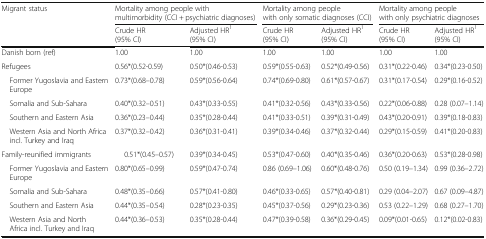
<table><thead><tr><td rowspan="2"><b>Migrant status</b></td><td colspan="2"><b>Mortality among people with multimorbidity (CCI + psychiatric diagnoses)</b></td><td colspan="2"><b>Mortality among people with only somatic diagnoses (CCI)</b></td><td colspan="2"><b>Mortality among people with only psychiatric diagnoses</b></td></tr><tr><td><b>Crude HR(95% CI)</b></td><td><b>Adjusted HR<sup>1</sup>(95% CI)</b></td><td><b>Crude HR(95% CI)</b></td><td><b>Adjusted HR<sup>1</sup>(95% CI)</b></td><td><b>Crude HR(95% CI)</b></td><td><b>Adjusted HR<sup>1</sup>(95% CI)</b></td></tr></thead><tbody><tr><td>Danish born (ref)</td><td>1.00</td><td>1.00</td><td>1.00</td><td>1.00</td><td>1.00</td><td>1.00</td></tr><tr><td>Refugees</td><td>0.56*(0.52-0.59)</td><td>0.50*(0.46-0.53)</td><td>0.59*(0.55-0.63)</td><td>0.52*(0.49-0.56)</td><td>0.31*(0.22-0.46)</td><td>0.34*(0.23-0.50)</td></tr><tr><td> Former Yugoslavia and Eastern Europe</td><td>0.73*(0.68–0.78)</td><td>0.59*(0.56-0.64)</td><td>0.74*(0.69-0.80)</td><td>0.61*(0.57-0.67)</td><td>0.31*(0.17-0.54)</td><td>0.29*(0.16-0.52)</td></tr><tr><td> Somalia and Sub-Sahara</td><td>0.40*(0.32–0.51)</td><td>0.43*(0.33-0.55)</td><td>0.41*(0.32-0.56)</td><td>0.43*(0.33-0.56)</td><td>0.22*(0.06-0.88)</td><td>0.28 (0.07–1.14)</td></tr><tr><td> Southern and Eastern Asia</td><td>0.36*(0.23–0.44)</td><td>0.35*(0.28-0.44)</td><td>0.41*(0.33-0.51)</td><td>0.39*(0.31-0.49)</td><td>0.43*(0.20-0.91)</td><td>0.39*(0.18-0.83)</td></tr><tr><td> Western Asia and North Africa incl. Turkey and Iraq</td><td>0.37*(0.32–0.42)</td><td>0.36*(0.31-0.41)</td><td>0.39*(0.34-0.46)</td><td>0.37*(0.32-0.44)</td><td>0.29*(0.15-0.59)</td><td>0.41*(0.20-0.83)</td></tr><tr><td>Family-reunified immigrants</td><td>0.51*(0.45–0.57)</td><td>0.39*(0.34-0.45)</td><td>0.53*(0.47-0.60)</td><td>0.40*(0.35-0.46)</td><td>0.36*(0.20-0.63)</td><td>0.53*(0.28-0.98)</td></tr><tr><td> Former Yugoslavia and Eastern Europe</td><td>0.80*(0.65–0.99)</td><td>0.59*(0.47-0.74)</td><td>0.86 (0.69–1.06)</td><td>0.60*(0.48-0.76)</td><td>0.50 (0.19–1.34)</td><td>0.99 (0.36–2.72)</td></tr><tr><td> Somalia and Sub-Sahara</td><td>0.48*(0.35–0.66)</td><td>0.57*(0.41-0.80)</td><td>0.46*(0.33-0.65)</td><td>0.57*(0.40-0.81)</td><td>0.29 (0.04–2.07)</td><td>0.67 (0.09–4.87)</td></tr><tr><td> Southern and Eastern Asia</td><td>0.44*(0.35–0.54)</td><td>0.28*(0.23-0.35)</td><td>0.45*(0.37-0.56)</td><td>0.29*(0.23-0.36)</td><td>0.53 (0.22–1.29)</td><td>0.68 (0.27–1.70)</td></tr><tr><td> Western Asia and North Africa incl. Turkey and Iraq</td><td>0.44*(0.36–0.53)</td><td>0.35*(0.28-0.44)</td><td>0.47*(0.39-0.58)</td><td>0.36*(0.29-0.45)</td><td>0.09*(0.01-0.65)</td><td>0.12*(0.02-0.83)</td></tr></tbody></table>